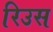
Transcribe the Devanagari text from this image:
रिउस